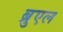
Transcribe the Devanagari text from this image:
ब्रुएल